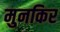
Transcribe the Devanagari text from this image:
मुनकिर